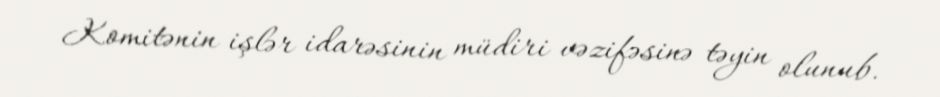
Komitənin işlər idarəsinin müdiri vəzifəsinə təyin olunub.